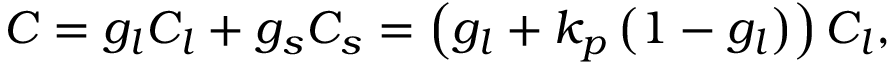
C = g _ { l } C _ { l } + g _ { s } C _ { s } = \left( g _ { l } + k _ { p } \left( 1 - g _ { l } \right) \right) C _ { l } ,